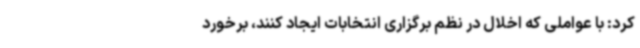
کرد: با عواملی که اخلال در نظم برگزاری انتخابات ایجاد کنند، برخورد